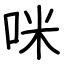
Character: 咪